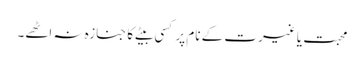
محبت یا غیرت کے نام پر کسی بیٹے کا جنازہ نہ اٹھے۔